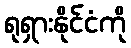
ရုရှားနိုင်ငံကို